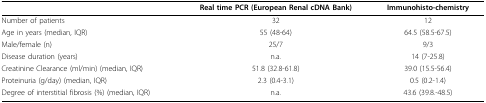
<table><thead><tr><td></td><td><b>Real time PCR (European Renal cDNA Bank)</b></td><td><b>Immunohisto-chemistry</b></td></tr></thead><tbody><tr><td>Number of patients</td><td>32</td><td>12</td></tr><tr><td>Age in years (median, IQR)</td><td>55 (48-64)</td><td>64.5 (58.5-67.5)</td></tr><tr><td>Male/female (n)</td><td>25/7</td><td>9/3</td></tr><tr><td>Disease duration (years)</td><td>n.a.</td><td>14 (7-25.8)</td></tr><tr><td>Creatinine Clearance (ml/min) (median, IQR)</td><td>51.8 (32.8-61.8)</td><td>39.0 (15.5-56.4)</td></tr><tr><td>Proteinuria (g/day) (median, IQR)</td><td>2.3 (0.4-3.1)</td><td>0.5 (0.2-1.4)</td></tr><tr><td>Degree of interstitial fibrosis (%) (median, IQR)</td><td>n.a.</td><td>43.6 (39.8.-48.5)</td></tr></tbody></table>